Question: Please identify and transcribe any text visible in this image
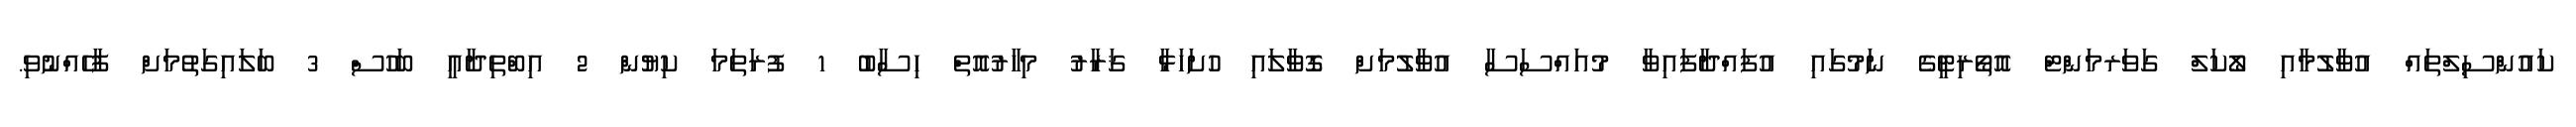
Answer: ކައުންސިލްތައް އުވާލުމާއި ލޯކަލް ގަވަރމަންޓް އޮތޯރިޓީގެ ނަމުގައި އުފައްދާފައިވާ މުއައްސަސާ އުވާލުމަށް ގޮވާލައި ހުށަހަޅާ ޤަރާރު މިހާރުއޮތް ހިސާބު 1 ފުރަތަމަ ކިޔުން 2 އިބްތިދާއީ ބަހުސް 3 ބަލައިގަތުމަށް ފާހެއްނުވި.